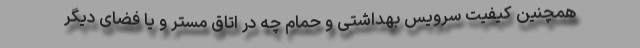
همچنین کیفیت سرویس بهداشتی و حمام چه در اتاق مستر و یا فضای دیگر